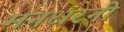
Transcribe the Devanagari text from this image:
मनधरनी